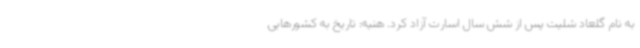
به نام گلعاد شلیت پس از شش سال اسارت آزاد کرد. هنیه: تاریخ به کشورهایی